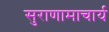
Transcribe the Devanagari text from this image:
सुराणामाचार्य